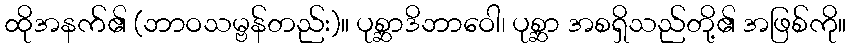
ထိုအနက်၏ (ဘာဝသမ္ဗန်တည်း)။ ပုစ္ဆာဒိဘာဝေါ၊ ပုစ္ဆာ အစရှိသည်တို့၏ အဖြစ်ကို။